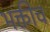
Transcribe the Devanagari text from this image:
भक्तीच